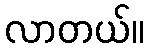
လာတယ်။